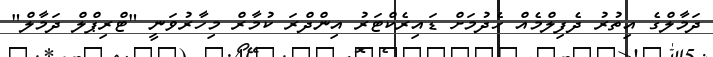
ދަމާލްގެ އިތުރު ދެފިލްމެއް ހެދުމަށް ޑައިރެކްޓަރު އިންދްރަ ކުމާރް މިހާރުވަނީ "ޓްރިޕްލް ދަމާލް"